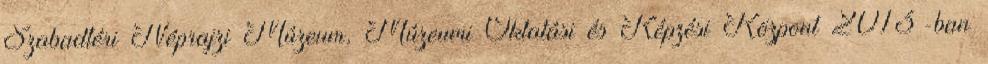
Szabadtéri Néprajzi Múzeum, Múzeumi Oktatási és Képzési Központ 2013-ban